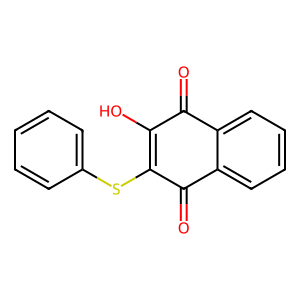
SMILES: O=C1C(O)=C(Sc2ccccc2)C(=O)c2ccccc21
Inhibits HIV replication: No